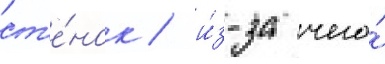
ст'е́нок / и́з-за чего́